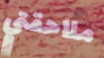
ملاحقتي